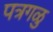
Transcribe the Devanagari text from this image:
पत्रगळु